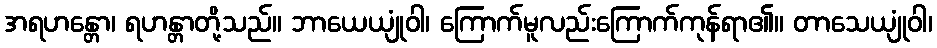
အရဟန္တော၊ ရဟန္တာတို့သည်။ ဘာယေယျုံဝါ၊ ကြောက်မူလည်းကြောက်ကုန်ရာ၏။ တာသေယျုံဝါ၊